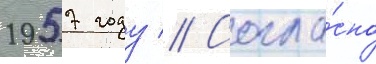
1957 году // Согла́сно